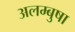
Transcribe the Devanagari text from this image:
अलम्बुषा